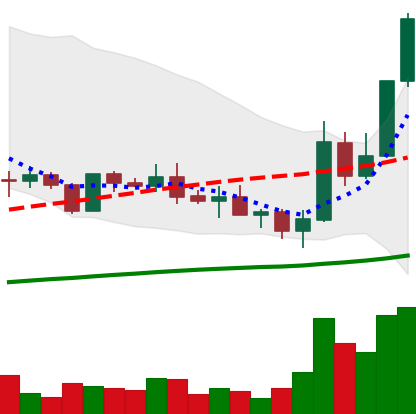
Ticker: ADA-USD
Chart end date: 2019-05-15
Forward return: -9.689%
Label: down_7plus